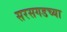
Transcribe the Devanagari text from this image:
सरसगडच्या